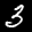
Label: 3